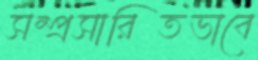
সম্প্রসারিতভাবে